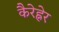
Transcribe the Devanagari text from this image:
कैरेह्नेर